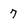
Character: 7